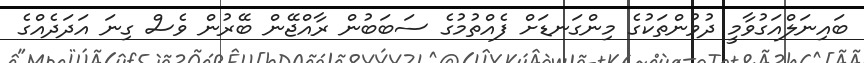
ބައިނަލްއަގުވާމީ ދުވުންތަކުގެ މިންގަނޑަށް ފެއްތުމުގެ ސަބަބުން ރާއްޖޭން ބޭރުން ވެސް ގިނަ އަދަދެއްގެ